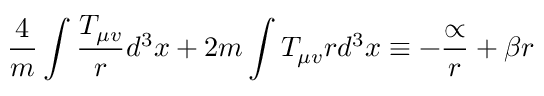
\frac { 4 } { m } \int \frac { T _ { \mu v } } { r } d ^ { 3 } x + 2 m \int T _ { \mu v } r d ^ { 3 } x \equiv - \frac { \propto } { r } + \beta r